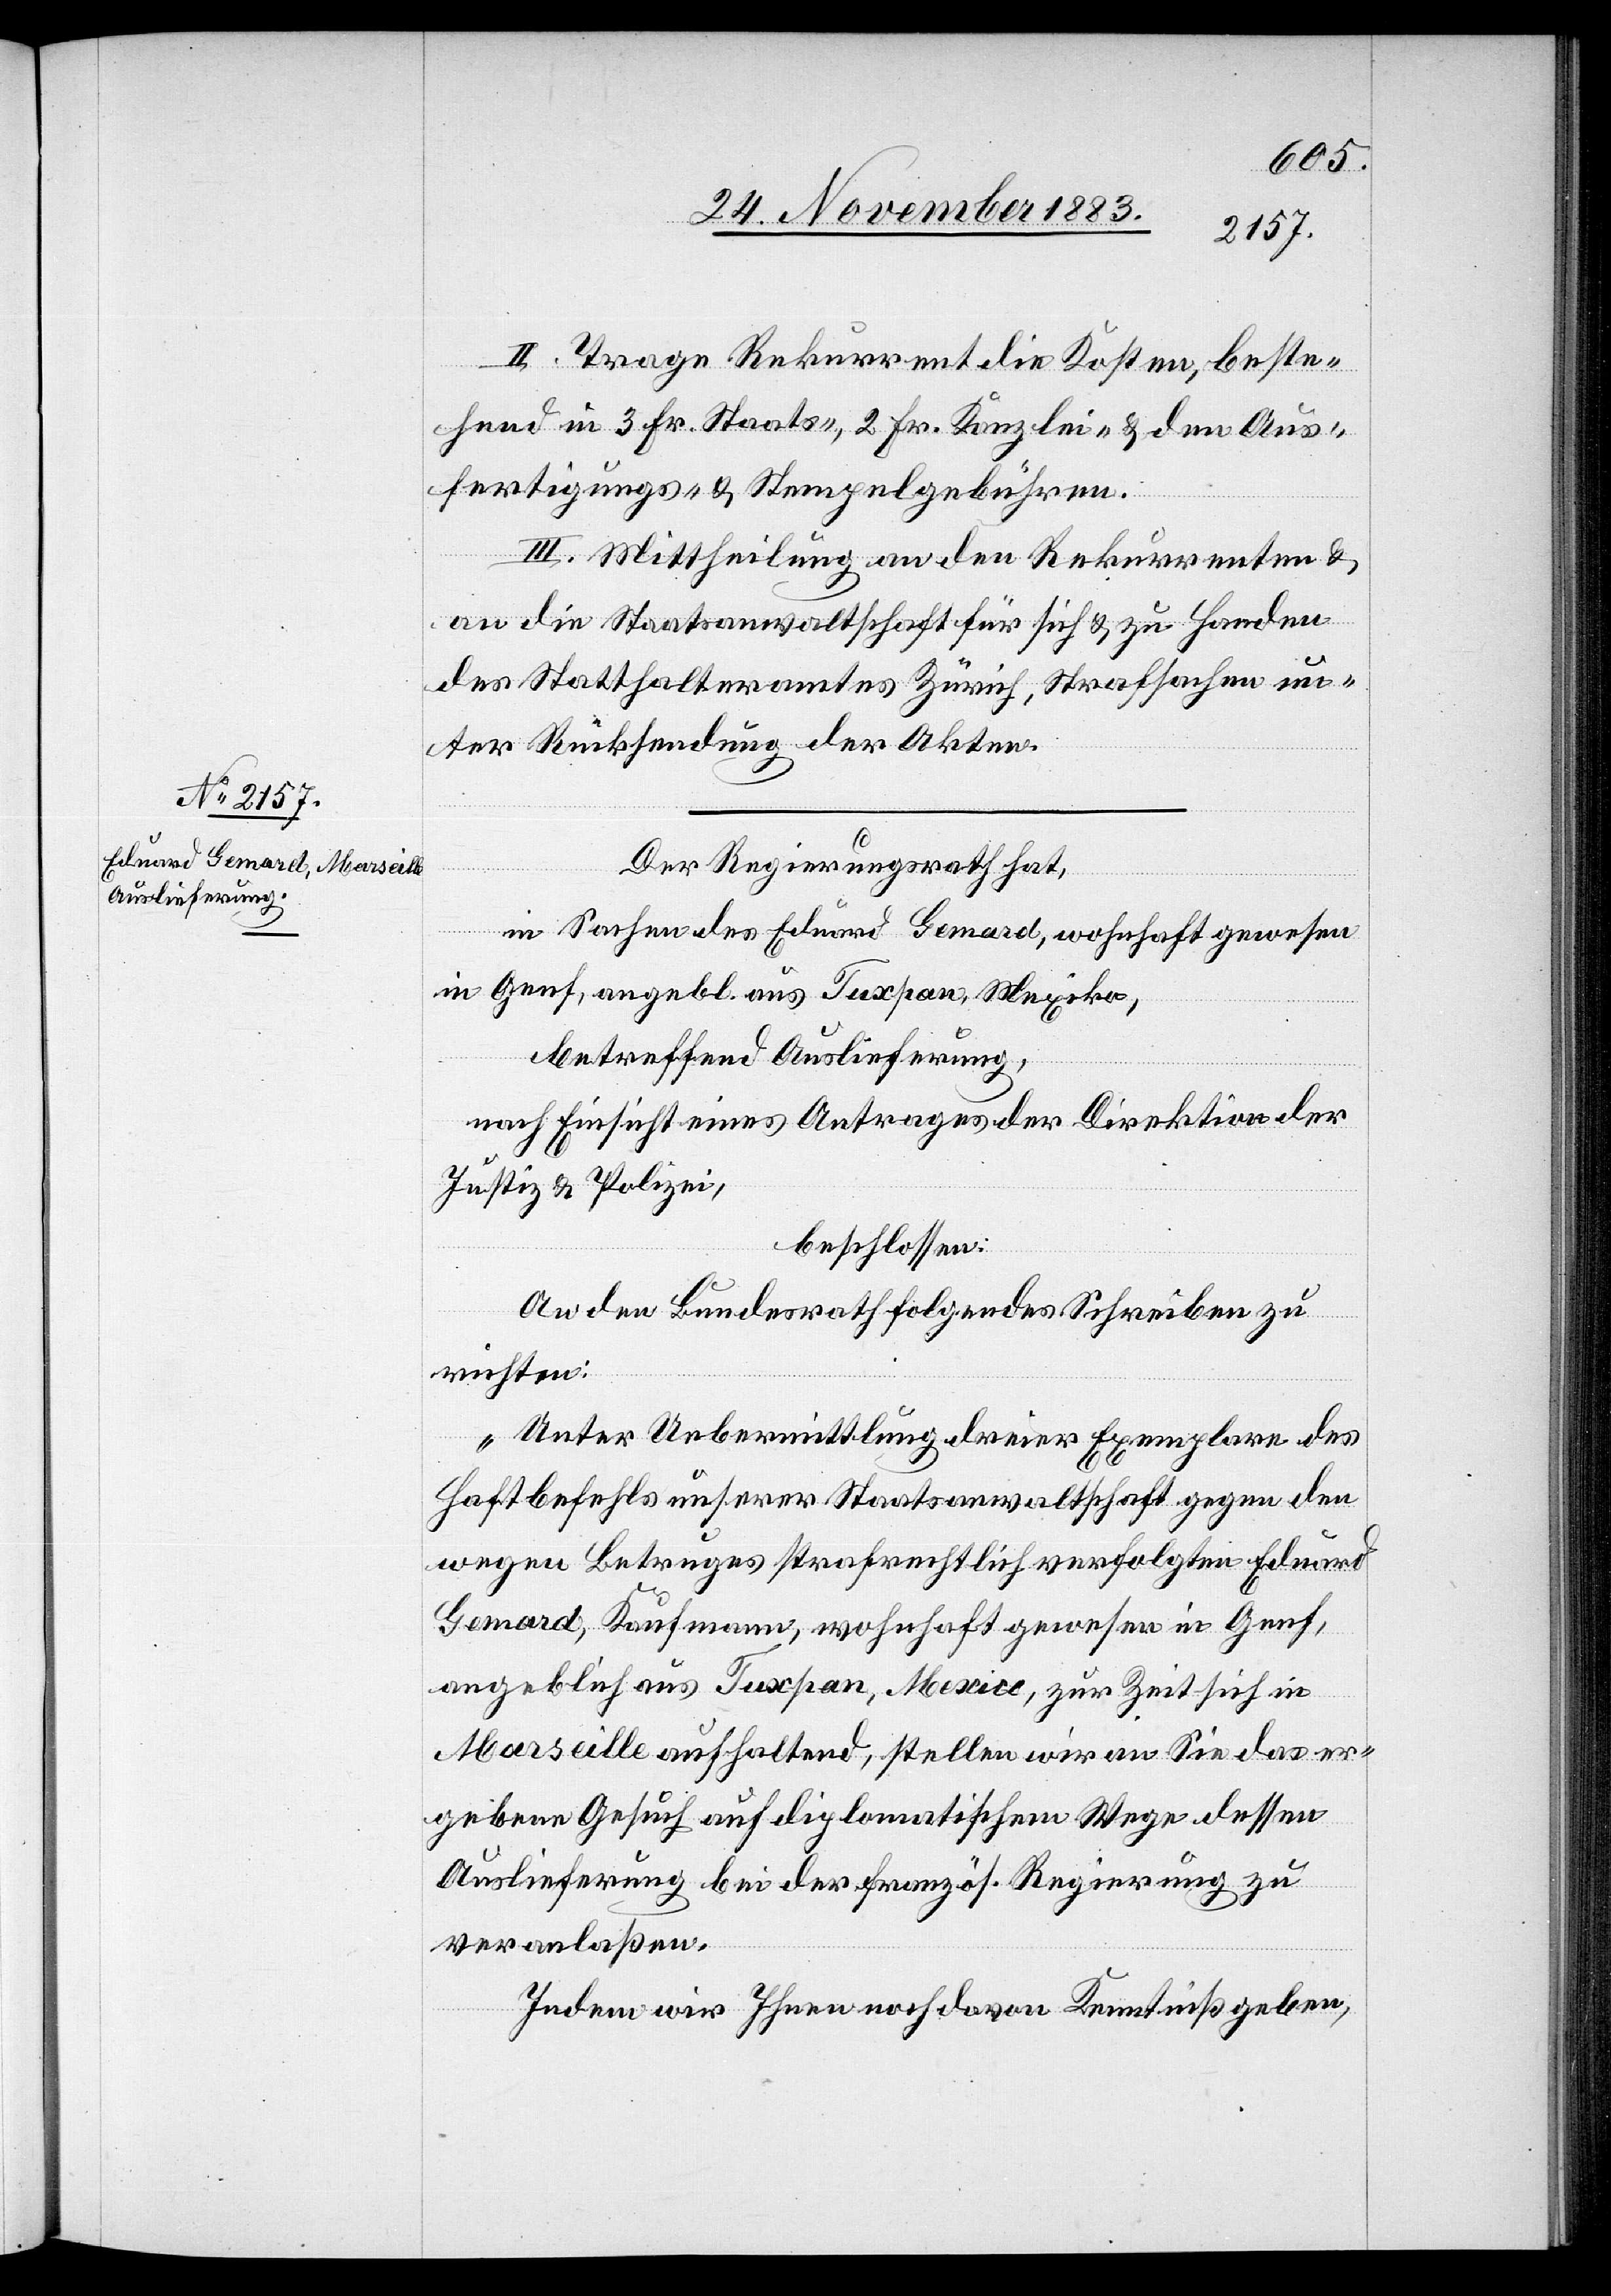
II. Trage Rekurrent die Kosten, beste¬
hend in 3 Fr. Staats-, 2 Fr. Kanzlei- & den Aus¬
fertigungs- & Stempelgebühren.
III. Mittheilung an den Rekurrenten &
an die Staatsanwaltschaft für sich & zu Handen
des Statthalteramtes Zürich, Strafsachen un¬
ter Rücksendung der Akten.
Der Regierungsrath hat,
in Sachen des Eduard Gemard, wohnhaft gewesen
in Genf, angebl. aus Tuxpan, Mexico,
betreffend Auslieferung,
nach Einsicht eines Antrages er Direktion der
Justiz & Polizei,
beschlossen:
An den Bundesrath folgendes Schreiben zu
richten:
„Unter Uebermittlung dreier Exemplare des
Haftbefehls unserer Staatsanwaltschaft gegen den
wegen Betruges strafrechtlich verfolgten Eduard
Gemard, Kaufmann, wohnhaft gewesen in Genf,
angeblich aus Tuxpan, Mexico, zur Zeit sich in
Marseille aufhaltend, stellen wir an Sie das er¬
geben Gesuch auf diplomatischem Wege dessen
Auslieferung bei der französ. Regierung zu
veranlaßen.
Indem wir Ihnen noch davon Kenntniß geben,